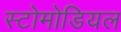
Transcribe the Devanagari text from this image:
स्टोमोडियल